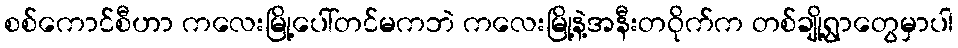
စစ်ကောင်စီဟာ ကလေးမြို့ပေါ်တင်မကဘဲ ကလေးမြို့နဲ့အနီးတဝိုက်က တစ်ချို့ရွာတွေမှာပါ